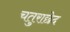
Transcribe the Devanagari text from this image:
चतुराछेद